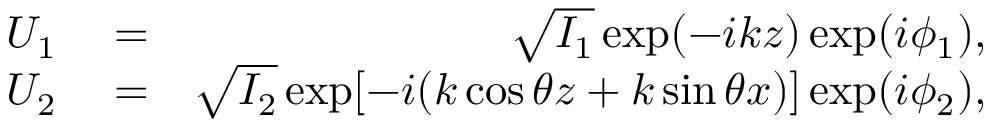
\begin{array} { r l r } { U _ { 1 } } & { { } = } & { \sqrt { I _ { 1 } } \exp ( - i k z ) \exp ( i \phi _ { 1 } ) , } \\ { U _ { 2 } } & { { } = } & { \sqrt { I _ { 2 } } \exp [ - i ( k \cos \theta z + k \sin \theta x ) ] \exp ( i \phi _ { 2 } ) , } \end{array}